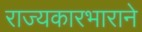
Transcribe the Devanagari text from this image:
राज्यकारभाराने